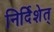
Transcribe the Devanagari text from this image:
निर्दिशेत्